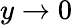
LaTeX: {y\to 0}